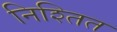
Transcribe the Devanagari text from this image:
निश्तित